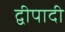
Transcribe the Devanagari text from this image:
द्वीपादी